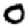
Digit: 0